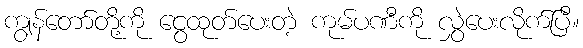
ကျွန်တော်တို့ကို ငွေထုတ်ပေးတဲ့ ကုမ်ပဏီကို လွှဲပေးလိုက်ပြီ။